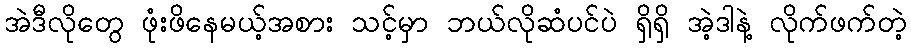
အဲဒီလိုတွေ ဖုံးဖိနေမယ့်အစား သင့်မှာ ဘယ်လိုဆံပင်ပဲ ရှိရှိ အဲ့ဒါနဲ့ လိုက်ဖက်တဲ့